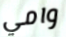
وامي